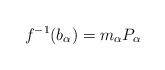
LaTeX: \begin{align*}f^{-1}(b_{\alpha})=m_{\alpha}P_{\alpha}\end{align*}